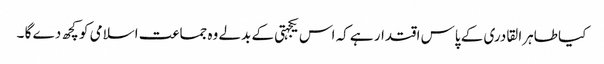
کیا طاہرا لقادری کے پاس اقتدار ہے کہ اس یکجہتی کے بدلے وہ جماعت اسلامی کو کچھ دے گا ۔